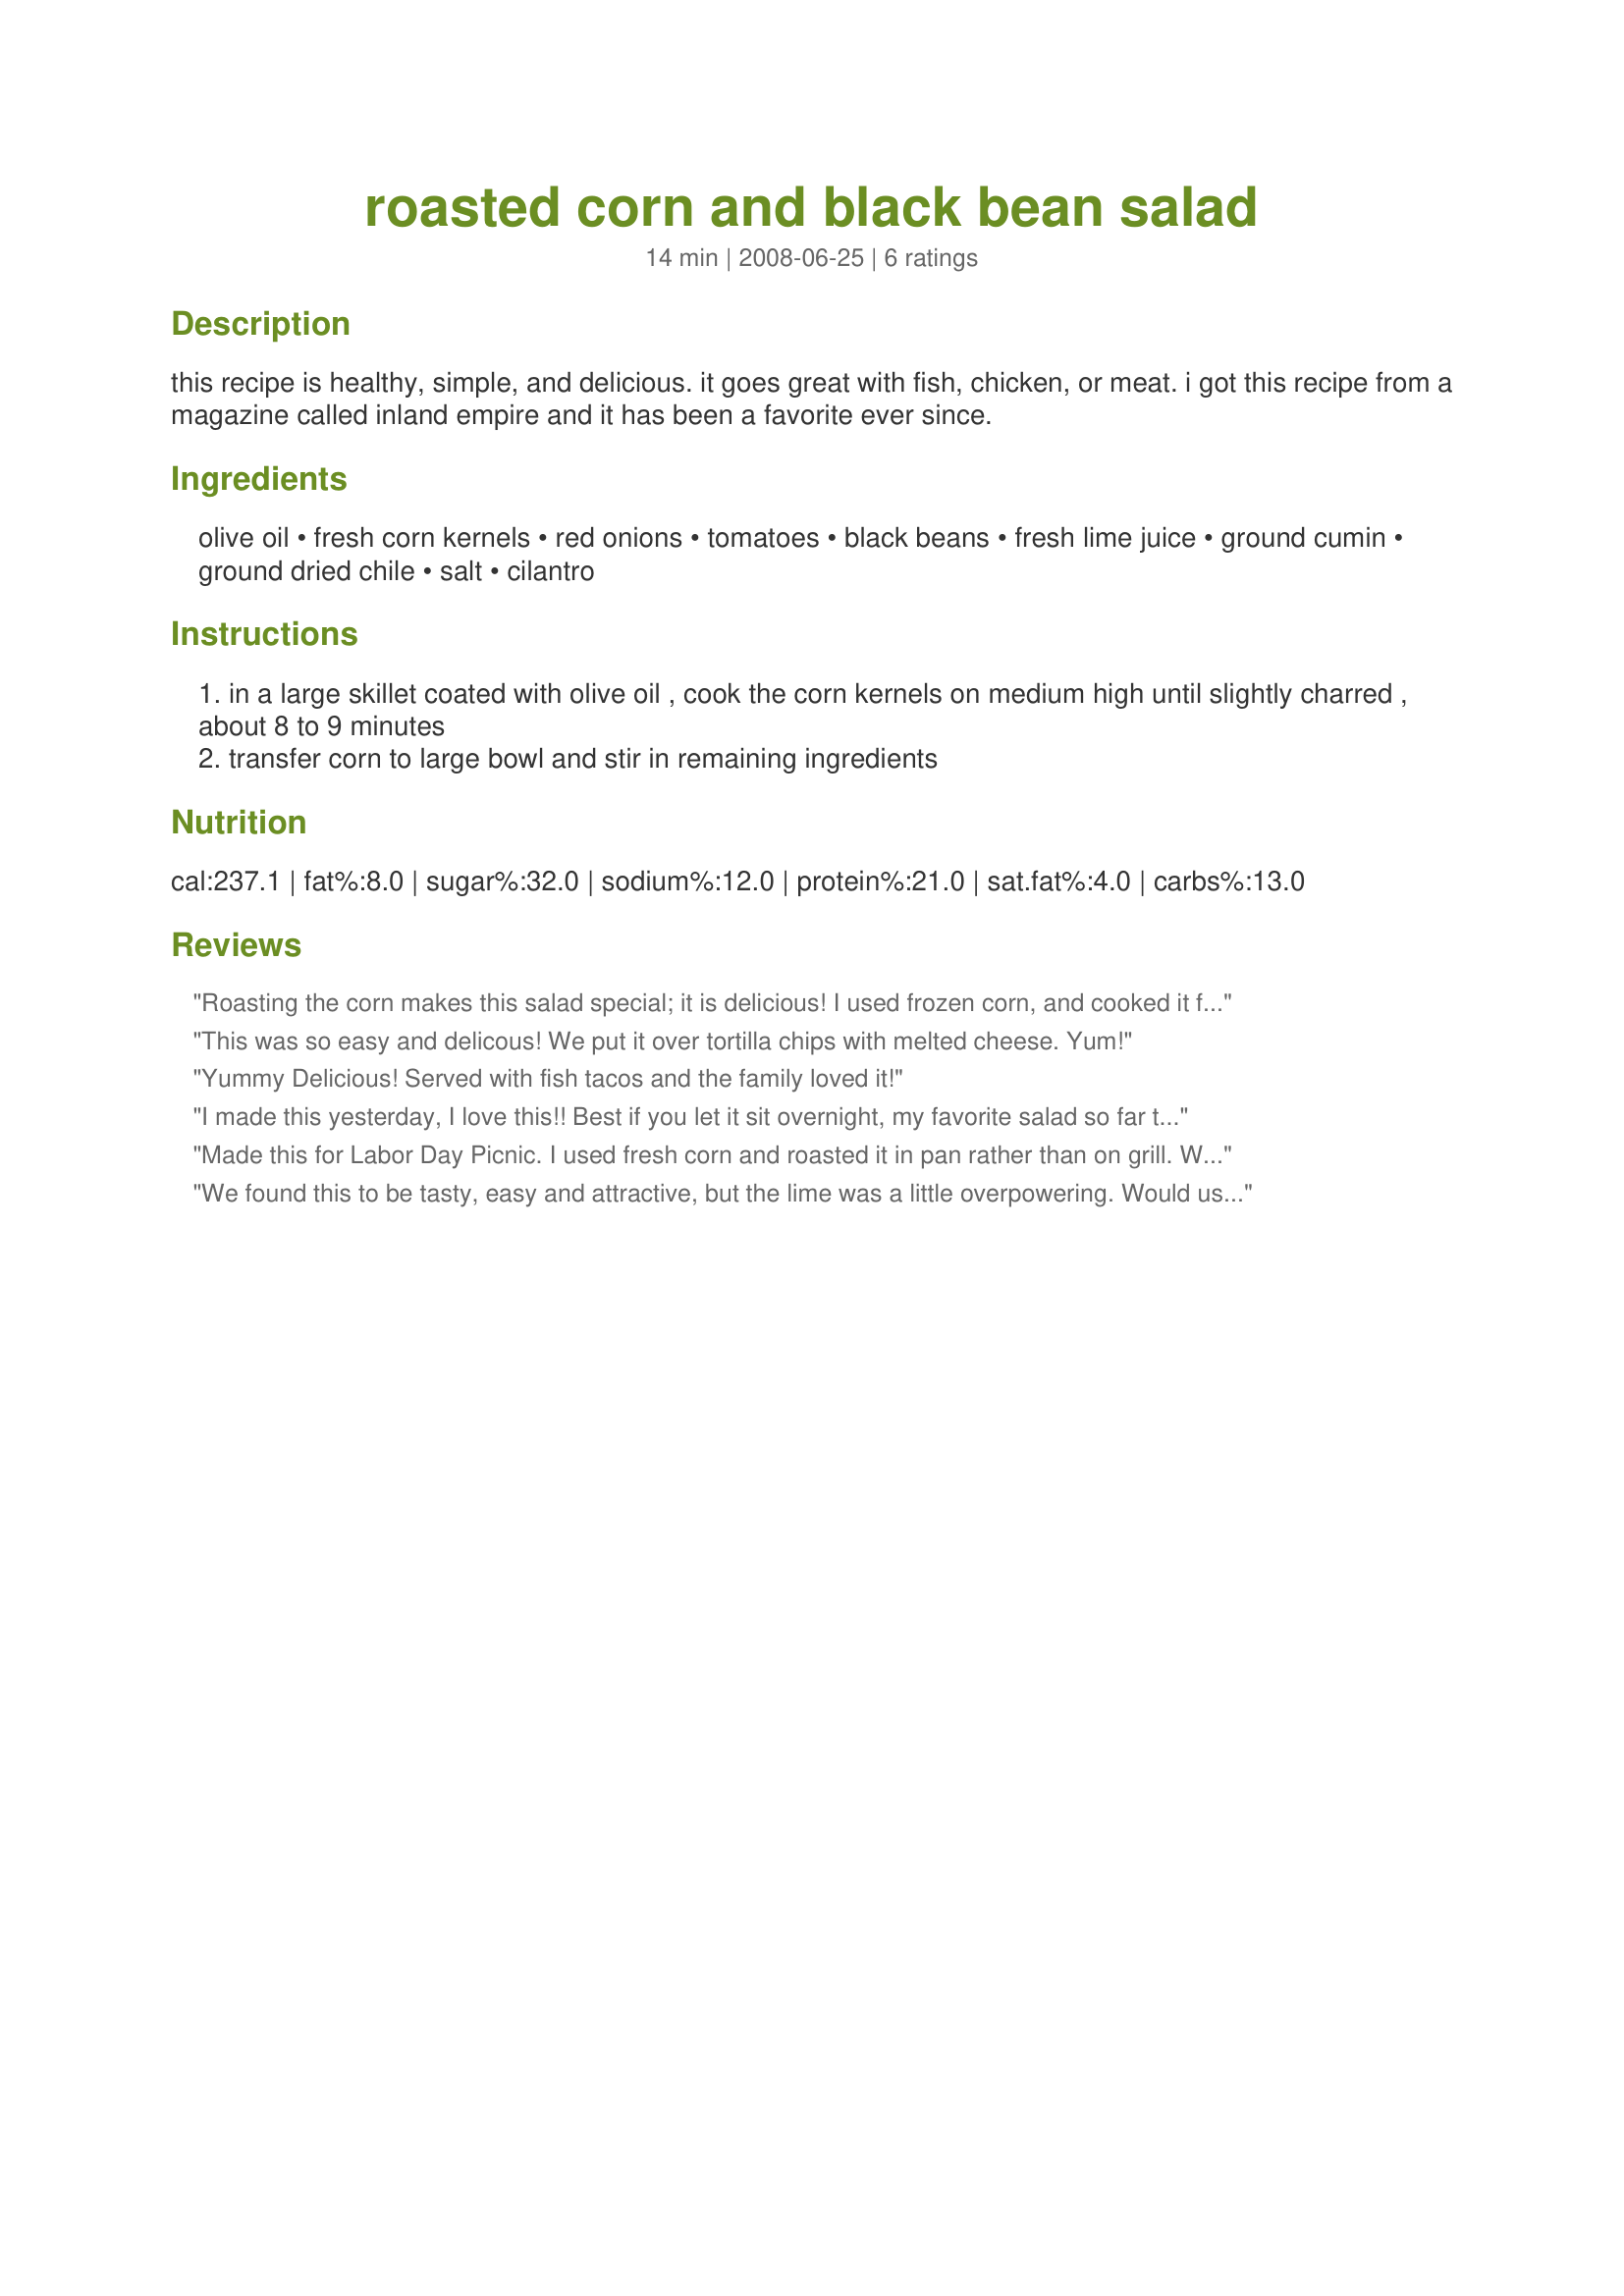
roasted corn and black bean salad
Preparation time: 14 minutes

this recipe is healthy, simple, and delicious. it goes great with fish, chicken, or meat. i got this recipe from a magazine called inland empire and it has been a favorite ever since.

Ingredients:
olive oil, fresh corn kernels, red onions, tomatoes, black beans, fresh lime juice, ground cumin, ground dried chile, salt, cilantro

Steps:
in a large skillet coated with olive oil , cook the corn kernels on medium high until slightly charred , about 8 to 9 minutes
transfer corn to large bowl and stir in remaining ingredients

Reviews:
Roasting the corn makes this salad special; it is delicious! I used frozen corn, and cooked it for about 15 minutes before it browned. After 10 minutes, I added one clove of minced garlic and 2 T chopped red onion (I also added 2T raw red onion for contrast). We like heat, so I also added 1/4 t cayenne.
This was so easy and delicous! We put it over tortilla chips with melted cheese. Yum!
Yummy Delicious! Served with fish tacos and the family loved it!
I made this yesterday, I love this!! Best if you let it sit overnight, my favorite salad so far this Summer, thank you!
Made this for Labor Day Picnic. I used fresh corn and roasted it in pan rather than on grill. Worked like a charm. I doubled the recipe. My daughter and I ate at least a 1/2 cup each right after I made it. Lucky thing. During the picnic, I went to get some and the bowl was empty. Everyone loved it.
We found this to be tasty, easy and attractive, but the lime was a little overpowering. Would use less lime next time.
